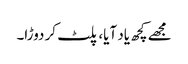
مجھے کچھ یاد آیا، پلٹ کر دوڑا۔